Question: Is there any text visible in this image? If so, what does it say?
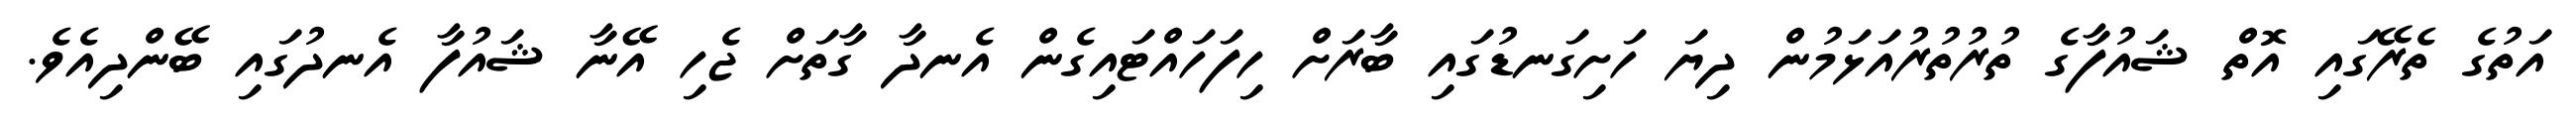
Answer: އަތުގެ ތެރޭގައި އޮތް ޝައުފާގެ ތުރުތުރުއަޅަމުން ދިޔަ ހަށިގަނޑުގައި ބާރަށް ހިފަހައްޓައިގެން އެނދާ ގާތަށް ޖެހި އޭނާ ޝައުފާ އެނދުގައި ބޭންދިއެވެ.